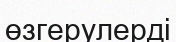
өзгерулерді